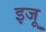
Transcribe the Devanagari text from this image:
इजू